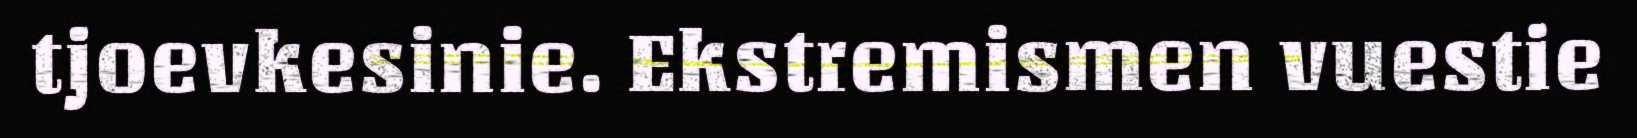
tjoevkesinie. Ekstremismen vuestie